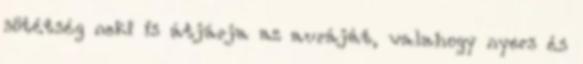
sötétség neki is átjárja az auráját, valahogy nyers és